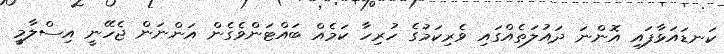
ކަނޑައަޅާފައި އޮންނަ ދައުލަތެއްގައި ވެރިކަމުގެ ހުރިހާ ކަމެއް ބައްޓަންވެގެން އަންނަން ޖެހޭނީ އިސްލާމީ